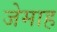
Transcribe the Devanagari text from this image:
जेमाह